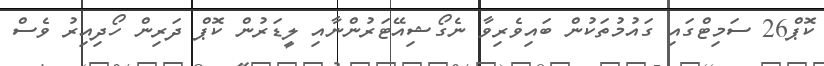
ކޮޕް26 ސަމިޓްގައި ގައުމުތަކުން ބައިވެރިވާ ނެގޯޝިއޭޓަރުންނާއި ލީޑަރުން ކޮޕް ދަރިން ހޯދިއިރު ވެސް